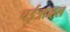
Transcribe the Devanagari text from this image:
चईत्राच्हल